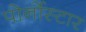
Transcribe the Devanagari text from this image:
पोर्नोस्टार